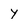
Character: y